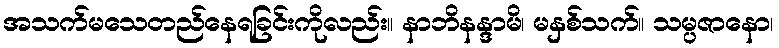
အသက်မသေတည်နေရခြင်းကိုလည်း။ နာဘိနန္ဒာမိ၊ မနှစ်သက်။ သမ္ပဇာနော၊